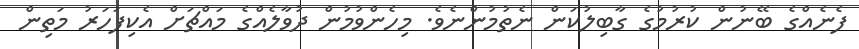
ފެނެއްގެ ބޭނުން ކުރުމުގެ ގާބިލުކަން ނެތުމުންނެވެ. މިހެންވުމުން ދުވާލެއްގެ މައްޗަށް އެކިފަހަރު މަތިން